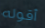
أقوله